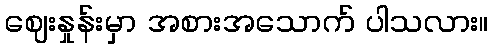
ဈေးနှုန်းမှာ အစားအသောက် ပါသလား။